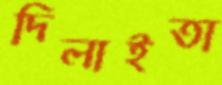
দিলাইতা